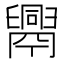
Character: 𦦧